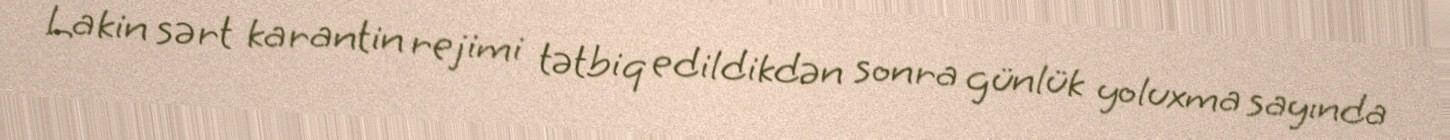
Lakin sərt karantin rejimi tətbiq edildikdən sonra günlük yoluxma sayında